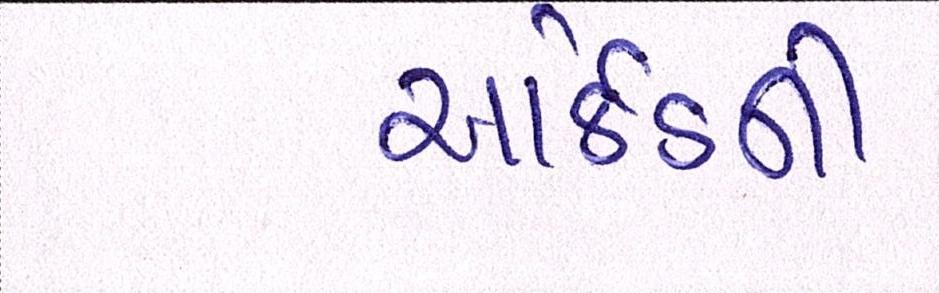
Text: આર્કેડની